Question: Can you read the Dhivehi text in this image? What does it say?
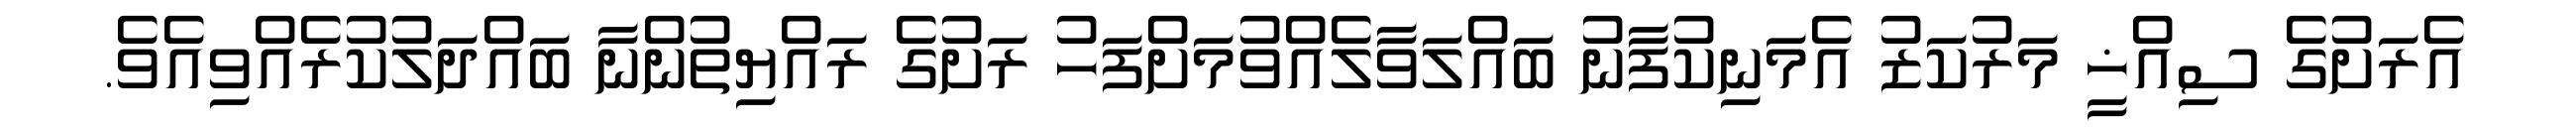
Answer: އެރަށުގެ ސިއްޚީ މަރުކަޒު އެމަނިކުފާނު ބައްލަވާލެއްވުމަށްފަހު ރަށުގެ ރައްޔިތުންނާ ބައްދަލުކުރެއްވިއެވެ.